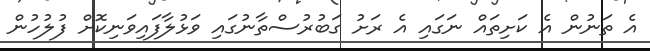
އެ ތަނުން އެ ކަށިތައް ނަގައި އެ ރަށު ގަބުރުސްތާނުގައި ވަޅުލާފައިވަނިކޮށް ފުލުހުން